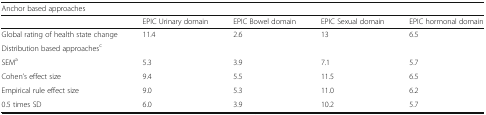
<table><thead><tr><td colspan="5"><b>Anchor based approaches</b></td></tr><tr><td></td><td><b>EPIC Urinary domain</b></td><td><b>EPIC Bowel domain</b></td><td><b>EPIC Sexual domain</b></td><td><b>EPIC hormonal domain</b></td></tr></thead><tbody><tr><td>Global rating of health state change</td><td>11.4</td><td>2.6</td><td>13</td><td>6.5</td></tr><tr><td colspan="5">Distribution based approaches<sup>c</sup></td></tr><tr><td>SEM<sup>a</sup></td><td>5.3</td><td>3.9</td><td>7.1</td><td>5.7</td></tr><tr><td>Cohen’s effect size</td><td>9.4</td><td>5.5</td><td>11.5</td><td>6.5</td></tr><tr><td>Empirical rule effect size</td><td>9.0</td><td>5.3</td><td>11.0</td><td>6.2</td></tr><tr><td>0.5 times SD</td><td>6.0</td><td>3.9</td><td>10.2</td><td>5.7</td></tr></tbody></table>